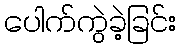
ပေါက်ကွဲခဲ့ခြင်း